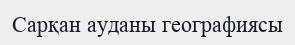
Сарқан ауданы географиясы